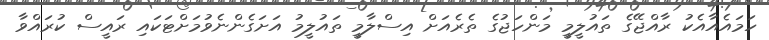
ހަމައެއާއެކު ރާއްޖޭގެ ތައުލީމީ މަންހަޖުގެ ތެރެއަށް އިސްލާމީ ތައުލީމު އަށަގެންނެވުމަށްޓަކައި ރައީސް ކުރައްވާ